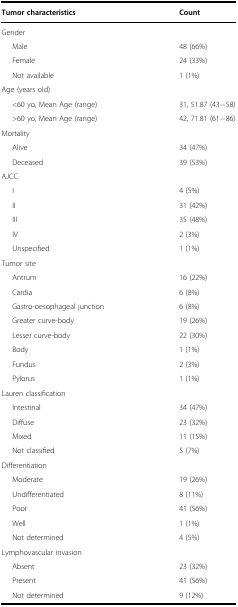
<table><thead><tr><td><b>Tumor characteristics</b></td><td><b>Count</b></td></tr></thead><tbody><tr><td colspan="2">Gender</td></tr><tr><td>Male</td><td>48 (66%)</td></tr><tr><td>Female</td><td>24 (33%)</td></tr><tr><td>Not available</td><td>1 (1%)</td></tr><tr><td colspan="2">Age (years old)</td></tr><tr><td>&lt;60 yo, Mean Age (range)</td><td>31, 51.87 (43−58)</td></tr><tr><td>&gt;60 yo, Mean Age (range)</td><td>42, 71.81 (61−86)</td></tr><tr><td colspan="2">Mortality</td></tr><tr><td>Alive</td><td>34 (47%)</td></tr><tr><td>Deceased</td><td>39 (53%)</td></tr><tr><td colspan="2">AJCC</td></tr><tr><td>I</td><td>4 (5%)</td></tr><tr><td>II</td><td>31 (42%)</td></tr><tr><td>III</td><td>35 (48%)</td></tr><tr><td>IV</td><td>2 (3%)</td></tr><tr><td>Unspecified</td><td>1 (1%)</td></tr><tr><td colspan="2">Tumor site</td></tr><tr><td>Antrum</td><td>16 (22%)</td></tr><tr><td>Cardia</td><td>6 (8%)</td></tr><tr><td>Gastro-oesophageal junction</td><td>6 (8%)</td></tr><tr><td>Greater curve-body</td><td>19 (26%)</td></tr><tr><td>Lesser curve-body</td><td>22 (30%)</td></tr><tr><td>Body</td><td>1 (1%)</td></tr><tr><td>Fundus</td><td>2 (3%)</td></tr><tr><td>Pylorus</td><td>1 (1%)</td></tr><tr><td colspan="2">Lauren classification</td></tr><tr><td>Intestinal</td><td>34 (47%)</td></tr><tr><td>Diffuse</td><td>23 (32%)</td></tr><tr><td>Mixed</td><td>11 (15%)</td></tr><tr><td>Not classified</td><td>5 (7%)</td></tr><tr><td colspan="2">Differentiation</td></tr><tr><td>Moderate</td><td>19 (26%)</td></tr><tr><td>Undifferentiated</td><td>8 (11%)</td></tr><tr><td>Poor</td><td>41 (56%)</td></tr><tr><td>Well</td><td>1 (1%)</td></tr><tr><td>Not determined</td><td>4 (5%)</td></tr><tr><td colspan="2">Lymphovascular invasion</td></tr><tr><td>Absent</td><td>23 (32%)</td></tr><tr><td>Present</td><td>41 (56%)</td></tr><tr><td>Not determined</td><td>9 (12%)</td></tr></tbody></table>